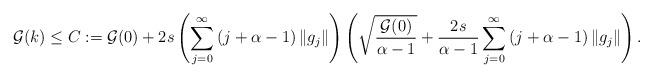
LaTeX: \begin{align*}\mathcal G (k) \leq C:= \mathcal G (0) + 2s\left( \sum_{j=0}^{\infty} \left( j + \alpha -1\right) \| g_j\|\right) \left( \sqrt{\frac{\mathcal G (0)}{\alpha -1}} + \frac{2s}{\alpha -1} \sum_{j=0}^{\infty} \left( j + \alpha -1\right) \| g_j\| \right) .\end{align*}